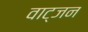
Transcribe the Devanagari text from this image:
वाट्जन